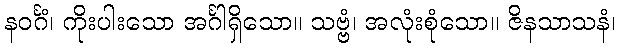
နဝင်္ဂံ၊ ကိုးပါးသော အင်္ဂါရှိသော။ သဗ္ဗံ၊ အလုံးစုံသော။ ဇိနသာသနံ၊